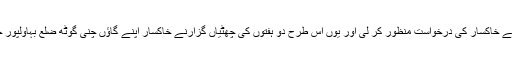
انہوں نے خاکسار کی درخواست منظور کر لی اور یوں اس طرح دو ہفتوں کی چھٹیاں گزارنے خاکسار اپنے گاؤں چنی گوٹھ ضلع بہاولپور چلا گیا۔